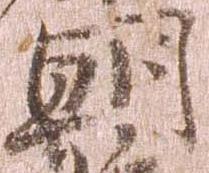
朝